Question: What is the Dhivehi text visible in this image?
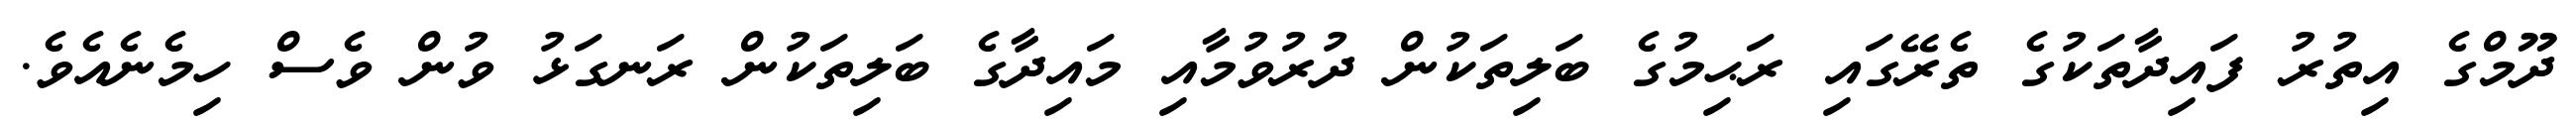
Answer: ދޫމްގެ އިތުރު ފައިދާތަކުގެ ތެރޭގައި ރަޙިމުގެ ބަލިތަކުން ދުރުވުމާއި މައިދާގެ ބަލިތަކުން ރަނގަޅު ވުން ވެސް ހިމެނެއެވެ.